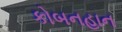
કોબનહાન